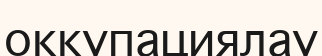
оккупациялау